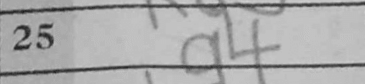
Transcription: a4